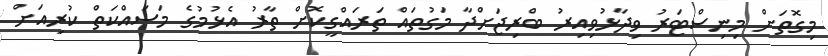
މިގޮތަށް މިނިސްޓަރު ވިދާޅުވިއިރު ބްރިޖަށްދާ މަގުތައް ތަރައްގީކޮށް ތާރު އެޅުމުގެ މަސައްކަތް ކުރިއަށް